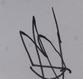
Signature authenticity: forged